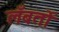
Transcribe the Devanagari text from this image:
लँबर्तो